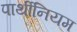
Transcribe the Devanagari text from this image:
पार्थीनियम